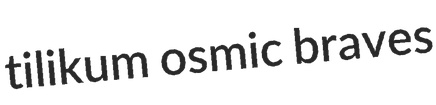
tilikum osmic braves